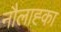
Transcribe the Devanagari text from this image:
नौलाह्का